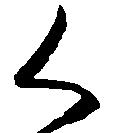
く